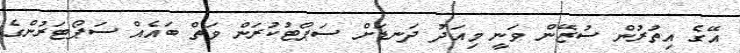
އޭގެ އިތުރުން ސުޒޭން ވަނީ މިއަދު ދަނޑަށް ސަޕޯޓުކުރަން ވަތް ބައެއް ސަޕޯޓަރުންގެ